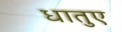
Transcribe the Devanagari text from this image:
धातुए